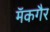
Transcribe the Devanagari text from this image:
मॅकगैर